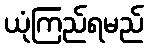
ယုံကြည်ရမည်